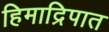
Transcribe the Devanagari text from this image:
हिमाद्रिपात